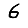
Digit: 6